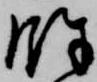
余